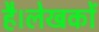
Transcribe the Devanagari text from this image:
है।लेखकों